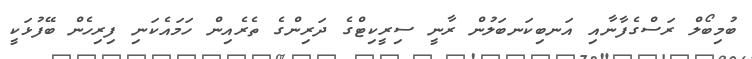
ބުމިބޯލް ރަސްގެފާނާއި އަނބިކަނބަލުން ރާނީ ސިރީކިޓްގެ ދަރިންގެ ތެރެއިން ހަމައެކަނި ފިރިހެން ބޭފުޅަކީ